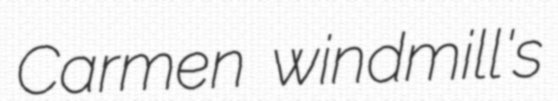
Carmen windmill's